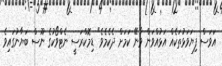
އަވަސް ފިޔަވަޅުތަކެއް އަޅުއްވަން ވާނޭ ކަމަށް ދެކެމެވެ" ޑިމޮކްރަސީ ނެޓްވޯކުގެ ނޫސް ބަޔާނުގައިވެ